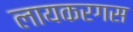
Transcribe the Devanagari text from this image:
लायकरगस